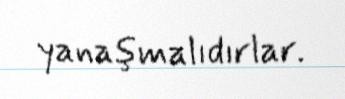
yanaşmalıdırlar.